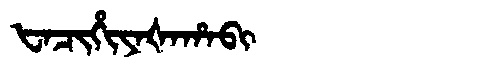
Manchu: ᡶᠠᠴᡳᡥᡳᠶᠠᡧᠠᡥᠠᠪᡳ
Romanization: FACIHIYAŠAHABI